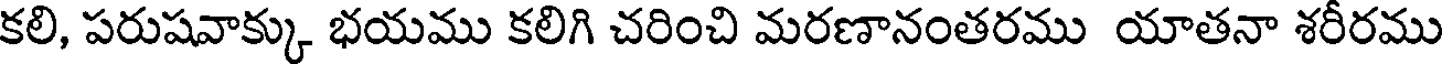
కలి, పరుషవాక్కు భయము కలిగి చరించి మరణానంతరము యాతనా శరీరము